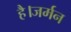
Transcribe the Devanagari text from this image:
है।जर्मन